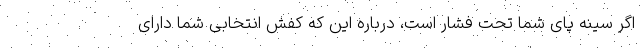
اگر سینه پای شما تحت فشار است، درباره این که کفش انتخابی شما دارای